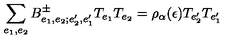
\sum _ { e _ { 1 } , e _ { 2 } } B _ { e _ { 1 } , e _ { 2 } ; e _ { 2 } ^ { \prime } , e _ { 1 } ^ { \prime } } ^ { \pm } T _ { e _ { 1 } } T _ { e _ { 2 } } = \rho _ { \alpha } ( \epsilon ) T _ { e _ { 2 } ^ { \prime } } T _ { e _ { 1 } ^ { \prime } }